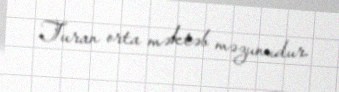
Turan orta məktəb məzunudur.